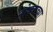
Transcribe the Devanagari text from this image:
नोबलच्या